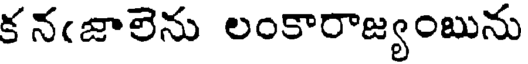
క నఁజాలెను లంకారాజ్యంబును